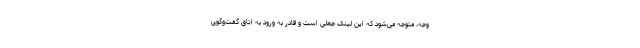
وجه، متوجه می‌شود که این لینک جعلی است و قادر به ورود به اتاق گفت‌وگوی